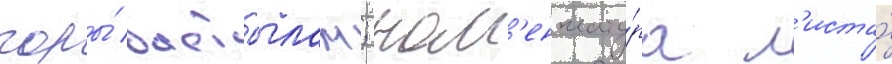
горы́ бастылам; ном'енклату́ра л'иста́